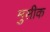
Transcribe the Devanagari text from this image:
मुसीक